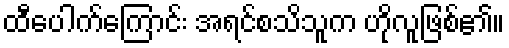
ထီပေါက်ကြောင်း အရင်စသ်ိသူက ဟိုလူဖြစ်၏။